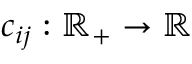
c _ { i j } : \mathbb { R } _ { + } \to \mathbb { R }